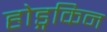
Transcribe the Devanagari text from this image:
होड्गकिन